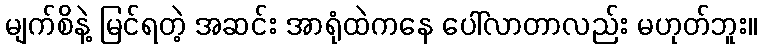
မျက်စိနဲ့ မြင်ရတဲ့ အဆင်း အာရုံထဲကနေ ပေါ်လာတာလည်း မဟုတ်ဘူး။